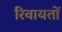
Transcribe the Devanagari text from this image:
रिवायतों